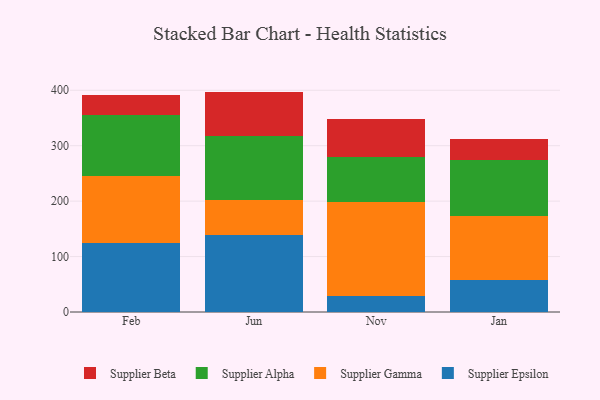
{"axis": {"x": "Month", "y": "Budget (USD K)"}, "legend": ["Supplier Alpha", "Supplier Beta", "Supplier Epsilon", "Supplier Gamma"], "data": [{"x": "Feb", "y": 124.0, "type": "Supplier Epsilon"}, {"x": "Feb", "y": 121.1, "type": "Supplier Gamma"}, {"x": "Feb", "y": 109.6, "type": "Supplier Alpha"}, {"x": "Feb", "y": 36.4, "type": "Supplier Beta"}, {"x": "Jun", "y": 138.7, "type": "Supplier Epsilon"}, {"x": "Jun", "y": 64.2, "type": "Supplier Gamma"}, {"x": "Jun", "y": 115.1, "type": "Supplier Alpha"}, {"x": "Jun", "y": 79.6, "type": "Supplier Beta"}, {"x": "Nov", "y": 28.8, "type": "Supplier Epsilon"}, {"x": "Nov", "y": 170.0, "type": "Supplier Gamma"}, {"x": "Nov", "y": 80.3, "type": "Supplier Alpha"}, {"x": "Nov", "y": 68.5, "type": "Supplier Beta"}, {"x": "Jan", "y": 58.5, "type": "Supplier Epsilon"}, {"x": "Jan", "y": 113.8, "type": "Supplier Gamma"}, {"x": "Jan", "y": 102.4, "type": "Supplier Alpha"}, {"x": "Jan", "y": 36.9, "type": "Supplier Beta"}]}